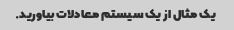
یک مثال از یک سیستم معادلات بیاورید.